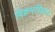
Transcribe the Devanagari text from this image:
विक्रमशिला।